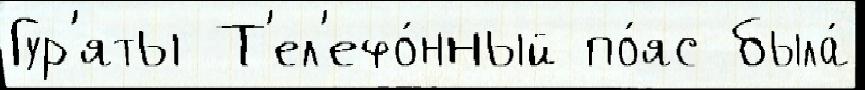
Гур'яты Т'ел'ефо́нный по́яс была́